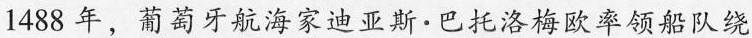
1488年，葡萄牙航海家迪亚斯·巴托洛梅欧率领船队绕